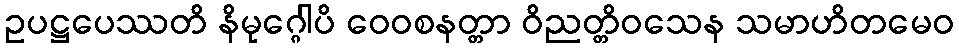
ဥပဋ္ဌပေဿတိ နိမုဂ္ဂေါပိ ဝေဝစနတ္တာ ဝိညတ္တိဝသေန သမာဟိတမေဝ